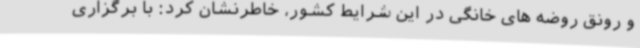
و رونق روضه های خانگی در این شرایط کشور، خاطرنشان کرد: با برگزاری